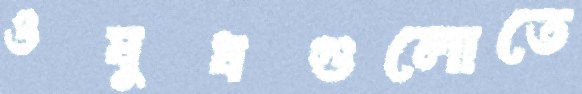
ওষুধগুলোতে